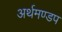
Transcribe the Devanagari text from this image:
अर्थमण्डप